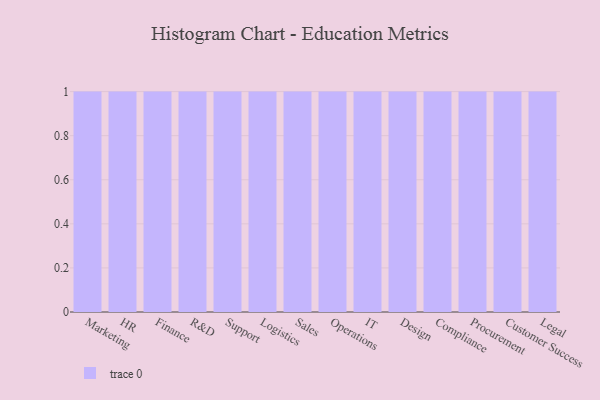
{"axis": {"x": "Department", "y": "Latency (ms)"}, "legend": [""], "data": [{"x": "Marketing", "y": 38, "type": ""}, {"x": "HR", "y": 19, "type": ""}, {"x": "Finance", "y": 73, "type": ""}, {"x": "R&D", "y": 24, "type": ""}, {"x": "Support", "y": 87, "type": ""}, {"x": "Logistics", "y": 88, "type": ""}, {"x": "Sales", "y": 52, "type": ""}, {"x": "Operations", "y": 34, "type": ""}, {"x": "IT", "y": 3, "type": ""}, {"x": "Design", "y": 64, "type": ""}, {"x": "Compliance", "y": 67, "type": ""}, {"x": "Procurement", "y": 61, "type": ""}, {"x": "Customer Success", "y": 83, "type": ""}, {"x": "Legal", "y": 44, "type": ""}]}